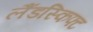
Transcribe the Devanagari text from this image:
लैंडस्किफ्ट